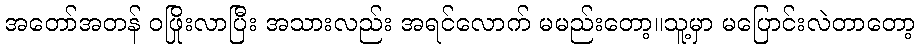
အတော်အတန် ဝဖြိုးလာပြီး အသားလည်း အရင်လောက် မမည်းတော့။သူ့မှာ မပြောင်းလဲတာတော့